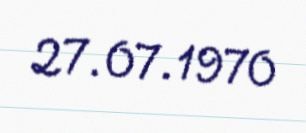
27.07.1970